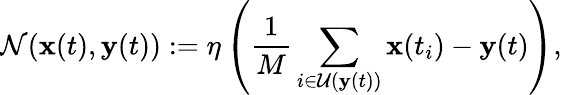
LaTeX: \mathcal{N}(\mathbf{x}(t),\mathbf{y}(t)):=\eta\left(\frac{1}{M}\sum_{i\in\mathcal{U}(\mathbf{y}(t))}\mathbf{x}(t_{i})-\mathbf{y}(t)\right),